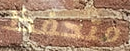
متحفظ